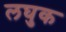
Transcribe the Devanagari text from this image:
लघुक